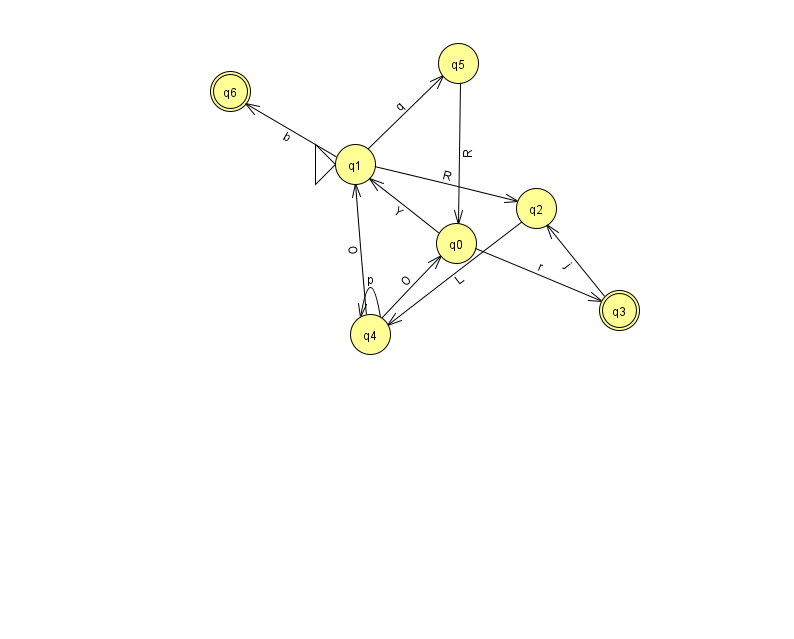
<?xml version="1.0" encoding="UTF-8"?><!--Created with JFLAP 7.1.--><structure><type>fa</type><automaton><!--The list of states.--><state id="0" name="q0"><x>456.0</x><y>230.0</y></state><state id="1" name="q1"><x>355.0</x><y>151.0</y><initial/></state><state id="2" name="q2"><x>536.0</x><y>195.0</y></state><state id="3" name="q3"><x>619.0</x><y>297.0</y><final/></state><state id="4" name="q4"><x>370.0</x><y>321.0</y></state><state id="5" name="q5"><x>458.0</x><y>50.0</y></state><state id="6" name="q6"><x>230.0</x><y>78.0</y><final/></state><!--The list of transitions.--><transition><from>4</from><to>4</to><read>p</read></transition><transition><from>1</from><to>2</to><read>R</read></transition><transition><from>4</from><to>0</to><read>O</read></transition><transition><from>4</from><to>1</to><read>O</read></transition><transition><from>1</from><to>6</to><read>b</read></transition><transition><from>3</from><to>2</to><read>j</read></transition><transition><from>2</from><to>4</to><read>L</read></transition><transition><from>5</from><to>0</to><read>R</read></transition><transition><from>0</from><to>3</to><read>r</read></transition><transition><from>1</from><to>5</to><read>q</read></transition><transition><from>0</from><to>1</to><read>Y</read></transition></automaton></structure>